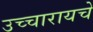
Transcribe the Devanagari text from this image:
उच्चारायचे